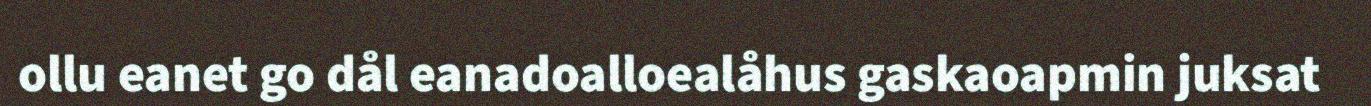
ollu eanet go dål eanadoalloealåhus gaskaoapmin juksat